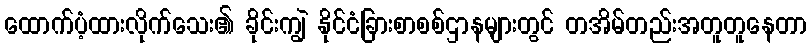
ထောက်ပံ့ထားလိုက်သေး၏ ခိုင်းကျွဲ နိုင်ငံခြားစာစစ်ဌာနများတွင် တအိမ်တည်းအတူတူနေတာ